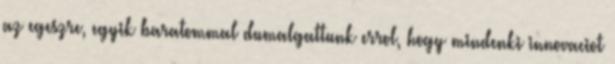
az egeszre, egyik baratommal dumalgattunk errol, hogy mindenki innovaciot